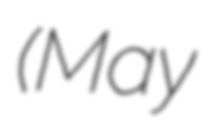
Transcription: (May